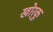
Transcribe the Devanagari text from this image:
खोर्कू